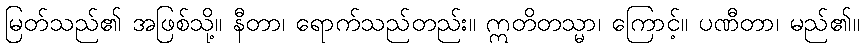
မြတ်သည်၏ အဖြစ်သို့။ နီတာ၊ ရောက်သည်တည်း။ ဣတိတသ္မာ၊ ကြောင့်။ ပဏီတာ၊ မည်၏။